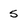
Character: 5